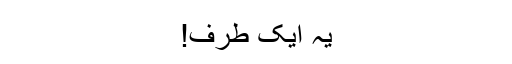
یہ ایک طرف!